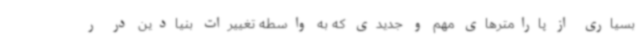
بسیاری از پارامترهای مهم و جدیدی که به واسطه تغییرات بنیادین در ر